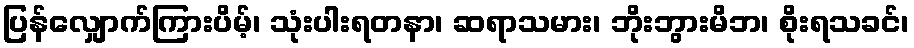
ပြန်လျှောက်ကြားပိမ့်၊ သုံးပါးရတနာ၊ ဆရာသမား၊ ဘိုးဘွားမိဘ၊ စိုးရသခင်၊